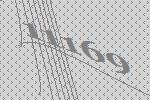
11169